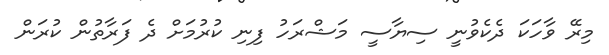
މިރޭ ވާހަކަ ދެކެވުނީ ސިޔާސީ މަޝްރަހު ފިނި ކުރުމަށް ދެ ފަރާތުން ކުރަން